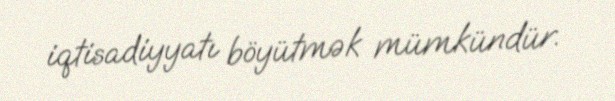
iqtisadiyyatı böyütmək mümkündür.